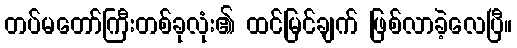
တပ်မတော်ကြီးတစ်ခုလုံး၏ ထင်မြင်ချက် ဖြစ်လာခဲ့လေပြီ။